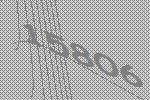
15806